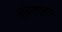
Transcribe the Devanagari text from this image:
आवरणामध्ये